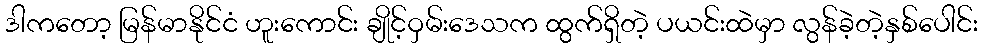
ဒါကတော့ မြန်မာနိုင်ငံ ဟူးကောင်း ချိုင့်ဝှမ်းဒေသက ထွက်ရှိတဲ့ ပယင်းထဲမှာ လွန်ခဲ့တဲ့နှစ်ပေါင်း